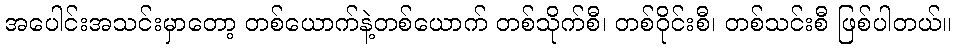
အပေါင်းအသင်းမှာတော့ တစ်ယောက်နဲ့တစ်ယောက် တစ်သိုက်စီ၊ တစ်ဝိုင်းစီ၊ တစ်သင်းစီ ဖြစ်ပါတယ်။